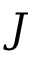
J